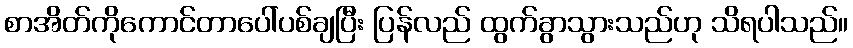
စာအိတ်ကိုကောင်တာပေါ်ပစ်ချပြီး ပြန်လည် ထွက်ခွာသွားသည်ဟု သိရပါသည်။